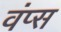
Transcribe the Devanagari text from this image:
वंप्स